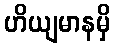
ဟိယျမာနမှိ